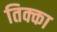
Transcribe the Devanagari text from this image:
तिक्का